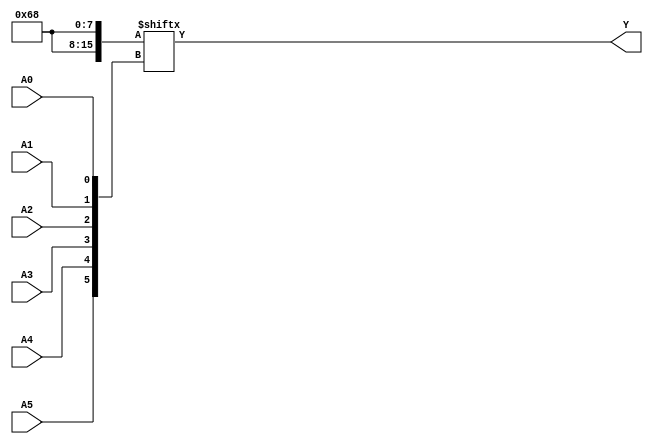
module kmap_6var (
    input wire A5, A4, A3, A2, A1, A0,  // Six input variables
    output wire Y                       // Output
);

// K-map implementation
// The K-map is filled based on the specific logic function.
// Here we will define the K-map based on a hypothetical truth table.
// You can modify the K-map values according to your specific requirements.

wire [63:0] kmap; // 64 cells for 6 variables (2^6)

// Example K-map values (fill this according to your specific logic)
assign kmap[0]  = 1'b0;  // A5 A4 A3 A2 A1 A0 = 000000
assign kmap[1]  = 1'b0;  // A5 A4 A3 A2 A1 A0 = 000001
assign kmap[2]  = 1'b0;  // A5 A4 A3 A2 A1 A0 = 000010
assign kmap[3]  = 1'b1;  // A5 A4 A3 A2 A1 A0 = 000011
assign kmap[4]  = 1'b0;  // A5 A4 A3 A2 A1 A0 = 000100
assign kmap[5]  = 1'b1;  // A5 A4 A3 A2 A1 A0 = 000101
assign kmap[6]  = 1'b1;  // A5 A4 A3 A2 A1 A0 = 000110
assign kmap[7]  = 1'b0;  // A5 A4 A3 A2 A1 A0 = 000111
// Continue filling the K-map based on your logic...

// The K-map is organized in Gray code order for rows and columns
// Row: A5 A4 (00, 01, 11, 10)
// Column: A3 A2 A1 A0 (0000 to 1111)

// Calculate the index for the K-map based on the input variables
wire [5:0] index;
assign index = {A5, A4, A3, A2, A1, A0};

// Output Y is determined by the value in the K-map at the calculated index
assign Y = kmap[index];

endmodule